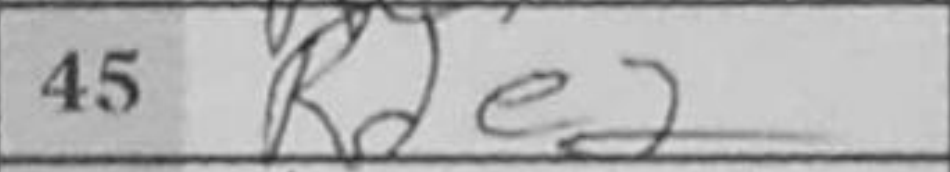
Transcription: Rde2